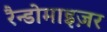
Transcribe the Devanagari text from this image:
रैन्डोमाइज़र